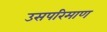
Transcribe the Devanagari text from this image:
उसपरिमाण